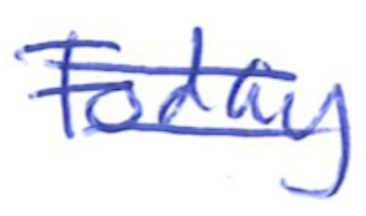
Text: Foday
Cross-out: double-line
Writing tool: ballpoint